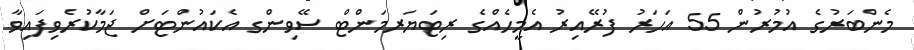
މެންބަރުގެ އުމުރުން 55 އަހަރު ފުރޭއިރު އެމީހެއްގެ ރިޓަޔަރމަންޓް ސޭވިންގ އެކައުންޓަށް ޖަމާކުރެވިފައިވާ